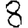
Digit: 8